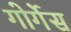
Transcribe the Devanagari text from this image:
गोर्गेस